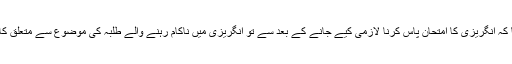
انہوں نے یہ الزام بھی لگایا کہ انگریزی کا امتحان پاس کرنا لازمی کیے جانے کے بعد سے تو انگریزی میں ناکام رہنے والے طلبہ کی موضوع سے متعلق کاپی کو جانچا تک نہیں جاتا۔